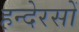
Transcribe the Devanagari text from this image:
हन्देरसों